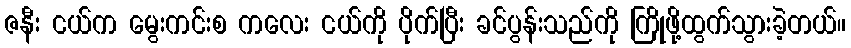
ဇနီး ငယ်က မွေးကင်းစ ကလေး ငယ်ကို ပိုက်ပြီး ခင်ပွန်းသည်ကို ကြိုဖို့ထွက်သွားခဲ့တယ်။